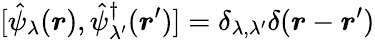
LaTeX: [\hat{\psi}_{\lambda}(\boldsymbol{r}),\hat{\psi}_{\lambda^{\prime}}^{\dagger}(\boldsymbol{r}^{\prime})]=\delta_{\lambda,\lambda^{\prime}}\delta(\boldsymbol{r}-\boldsymbol{r}^{\prime})